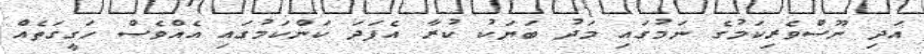
އަދި ނޫސްވެރިކަމުގެ ނަމުގައި މަދު ބަޔަކު ކުރާ އެފަދަ ކަންކަމުގައި އެއްވެސް ހަގީގަތެއް